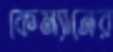
কেম্যানের